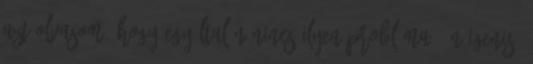
azt olvasom, hogy egyáltalán nincs ilyen probléma. Én igenis,